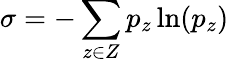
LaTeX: \sigma=-\sum_{z\in Z}p_{z}\ln(p_{z})